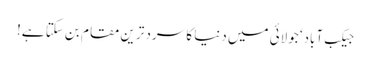
جیکب آباد‘ جولائی میں دنیا کا سرد ترین مقام بن سکتا ہے!